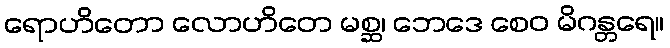
ရောဟိတော လောဟိတေ မစ္ဆ၊ ဘေဒေ စေဝ မိဂန္တရေ။